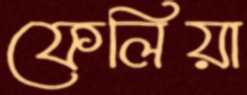
ফেলিয়া